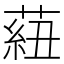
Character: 𦶆